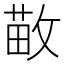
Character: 𫿁